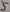
Text: 5